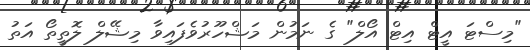
"މިސްޓަ އީޓް އިޓް އޯލް" ގެ ނަމުން މަޝްހޫރުވެފައިވާ މިޝޭލް ލޮތީތޯ އަތު